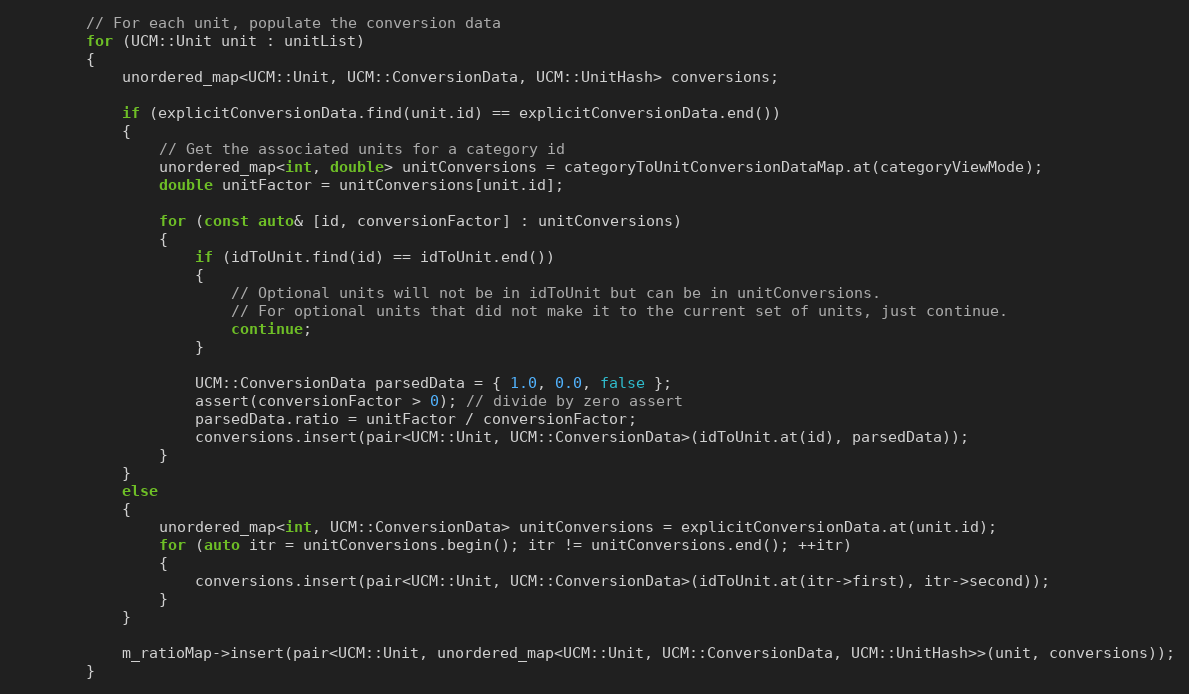
Language: C++
        // For each unit, populate the conversion data
        for (UCM::Unit unit : unitList)
        {
            unordered_map<UCM::Unit, UCM::ConversionData, UCM::UnitHash> conversions;

            if (explicitConversionData.find(unit.id) == explicitConversionData.end())
            {
                // Get the associated units for a category id
                unordered_map<int, double> unitConversions = categoryToUnitConversionDataMap.at(categoryViewMode);
                double unitFactor = unitConversions[unit.id];

                for (const auto& [id, conversionFactor] : unitConversions)
                {
                    if (idToUnit.find(id) == idToUnit.end())
                    {
                        // Optional units will not be in idToUnit but can be in unitConversions.
                        // For optional units that did not make it to the current set of units, just continue.
                        continue;
                    }

                    UCM::ConversionData parsedData = { 1.0, 0.0, false };
                    assert(conversionFactor > 0); // divide by zero assert
                    parsedData.ratio = unitFactor / conversionFactor;
                    conversions.insert(pair<UCM::Unit, UCM::ConversionData>(idToUnit.at(id), parsedData));
                }
            }
            else
            {
                unordered_map<int, UCM::ConversionData> unitConversions = explicitConversionData.at(unit.id);
                for (auto itr = unitConversions.begin(); itr != unitConversions.end(); ++itr)
                {
                    conversions.insert(pair<UCM::Unit, UCM::ConversionData>(idToUnit.at(itr->first), itr->second));
                }
            }

            m_ratioMap->insert(pair<UCM::Unit, unordered_map<UCM::Unit, UCM::ConversionData, UCM::UnitHash>>(unit, conversions));
        }